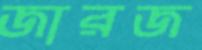
জারজ